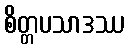
စိတ္တပသာဒဿ